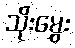
သိုးမွှေး